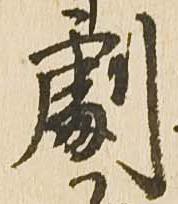
劇